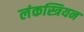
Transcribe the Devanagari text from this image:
लंकस्त्रियन